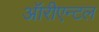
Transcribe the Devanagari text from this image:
ऑरीएन्टल